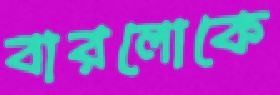
বারলোকে